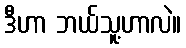
ဒီဟာ ဘယ်သူ့ဟာလဲ။